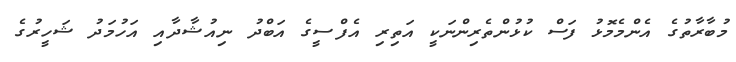
މުބާރާތުގެ އެންމެމޮޅު ފަސް ކުޅުންތެރިންނަކީ އަތިރި އެފްސީގެ އަބްދު ނިއުޝާދާއި އަހުމަދު ޝަހީރުގެ